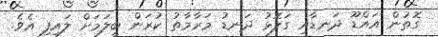
ގޮތުން އައްޑޫ ދަނޑާއި ގަލޮޅު ދަނޑު މަރާމާތު ކުރަން ބީލަމަށް ލައިފި އެވެ.